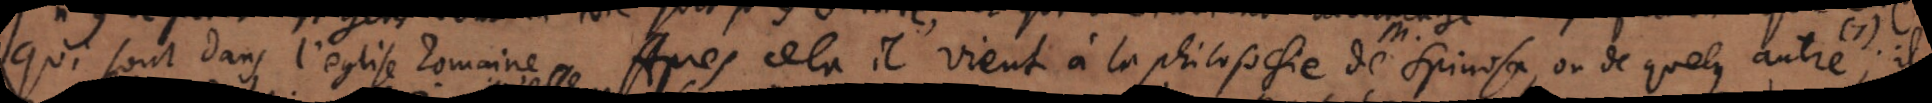
qui sont dans l’eglise Romaine. Après cela il vient à la philosophie de M. Spinosa, ou de quelqu’autre; (7) il